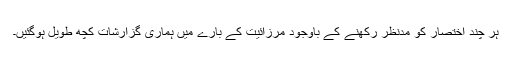
ہر چند اختصار کو مدنظر رکھنے کے باوجود مرزائیت کے بارے میں ہماری گزارشات کچھ طویل ہوگئیں۔